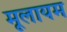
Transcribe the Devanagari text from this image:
मूलायम